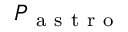
P _ { \mathrm { ~ a ~ s ~ t ~ r ~ o ~ } }